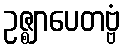
ဥဇ္ဈာပေတဗ္ဗံ